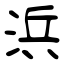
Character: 浜